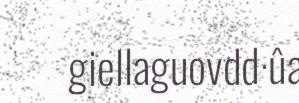
giellaguovdd·ûa